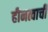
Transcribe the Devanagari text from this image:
हीनत्वाची